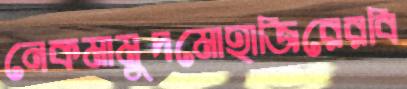
নেকমামুদমোহাজিরেরবি